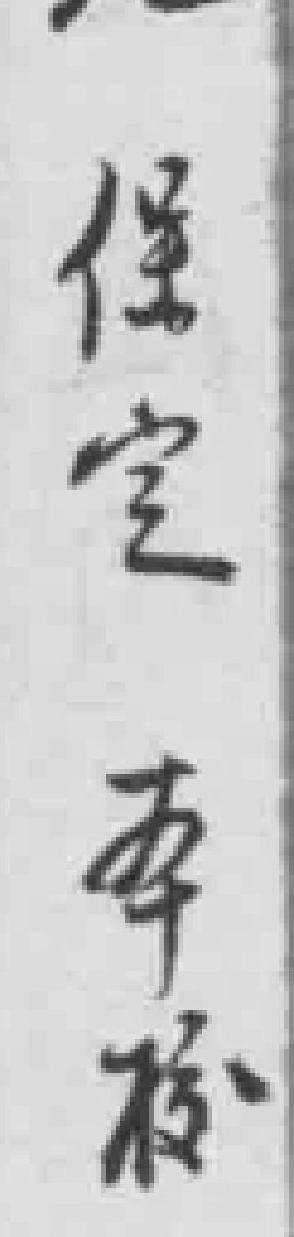
保定本校